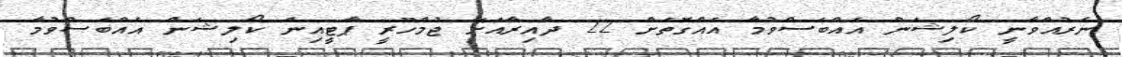
ނެރުއްވާނީ ކޯލިޝަން އެއްބަސްވުމާ އެއްގޮތަށް 22 ދާއިރާއަށޭ ޖުމްހޫރީ ޕާޓީއިން ކޯލިޝަން އެއްބަސްވުމާ